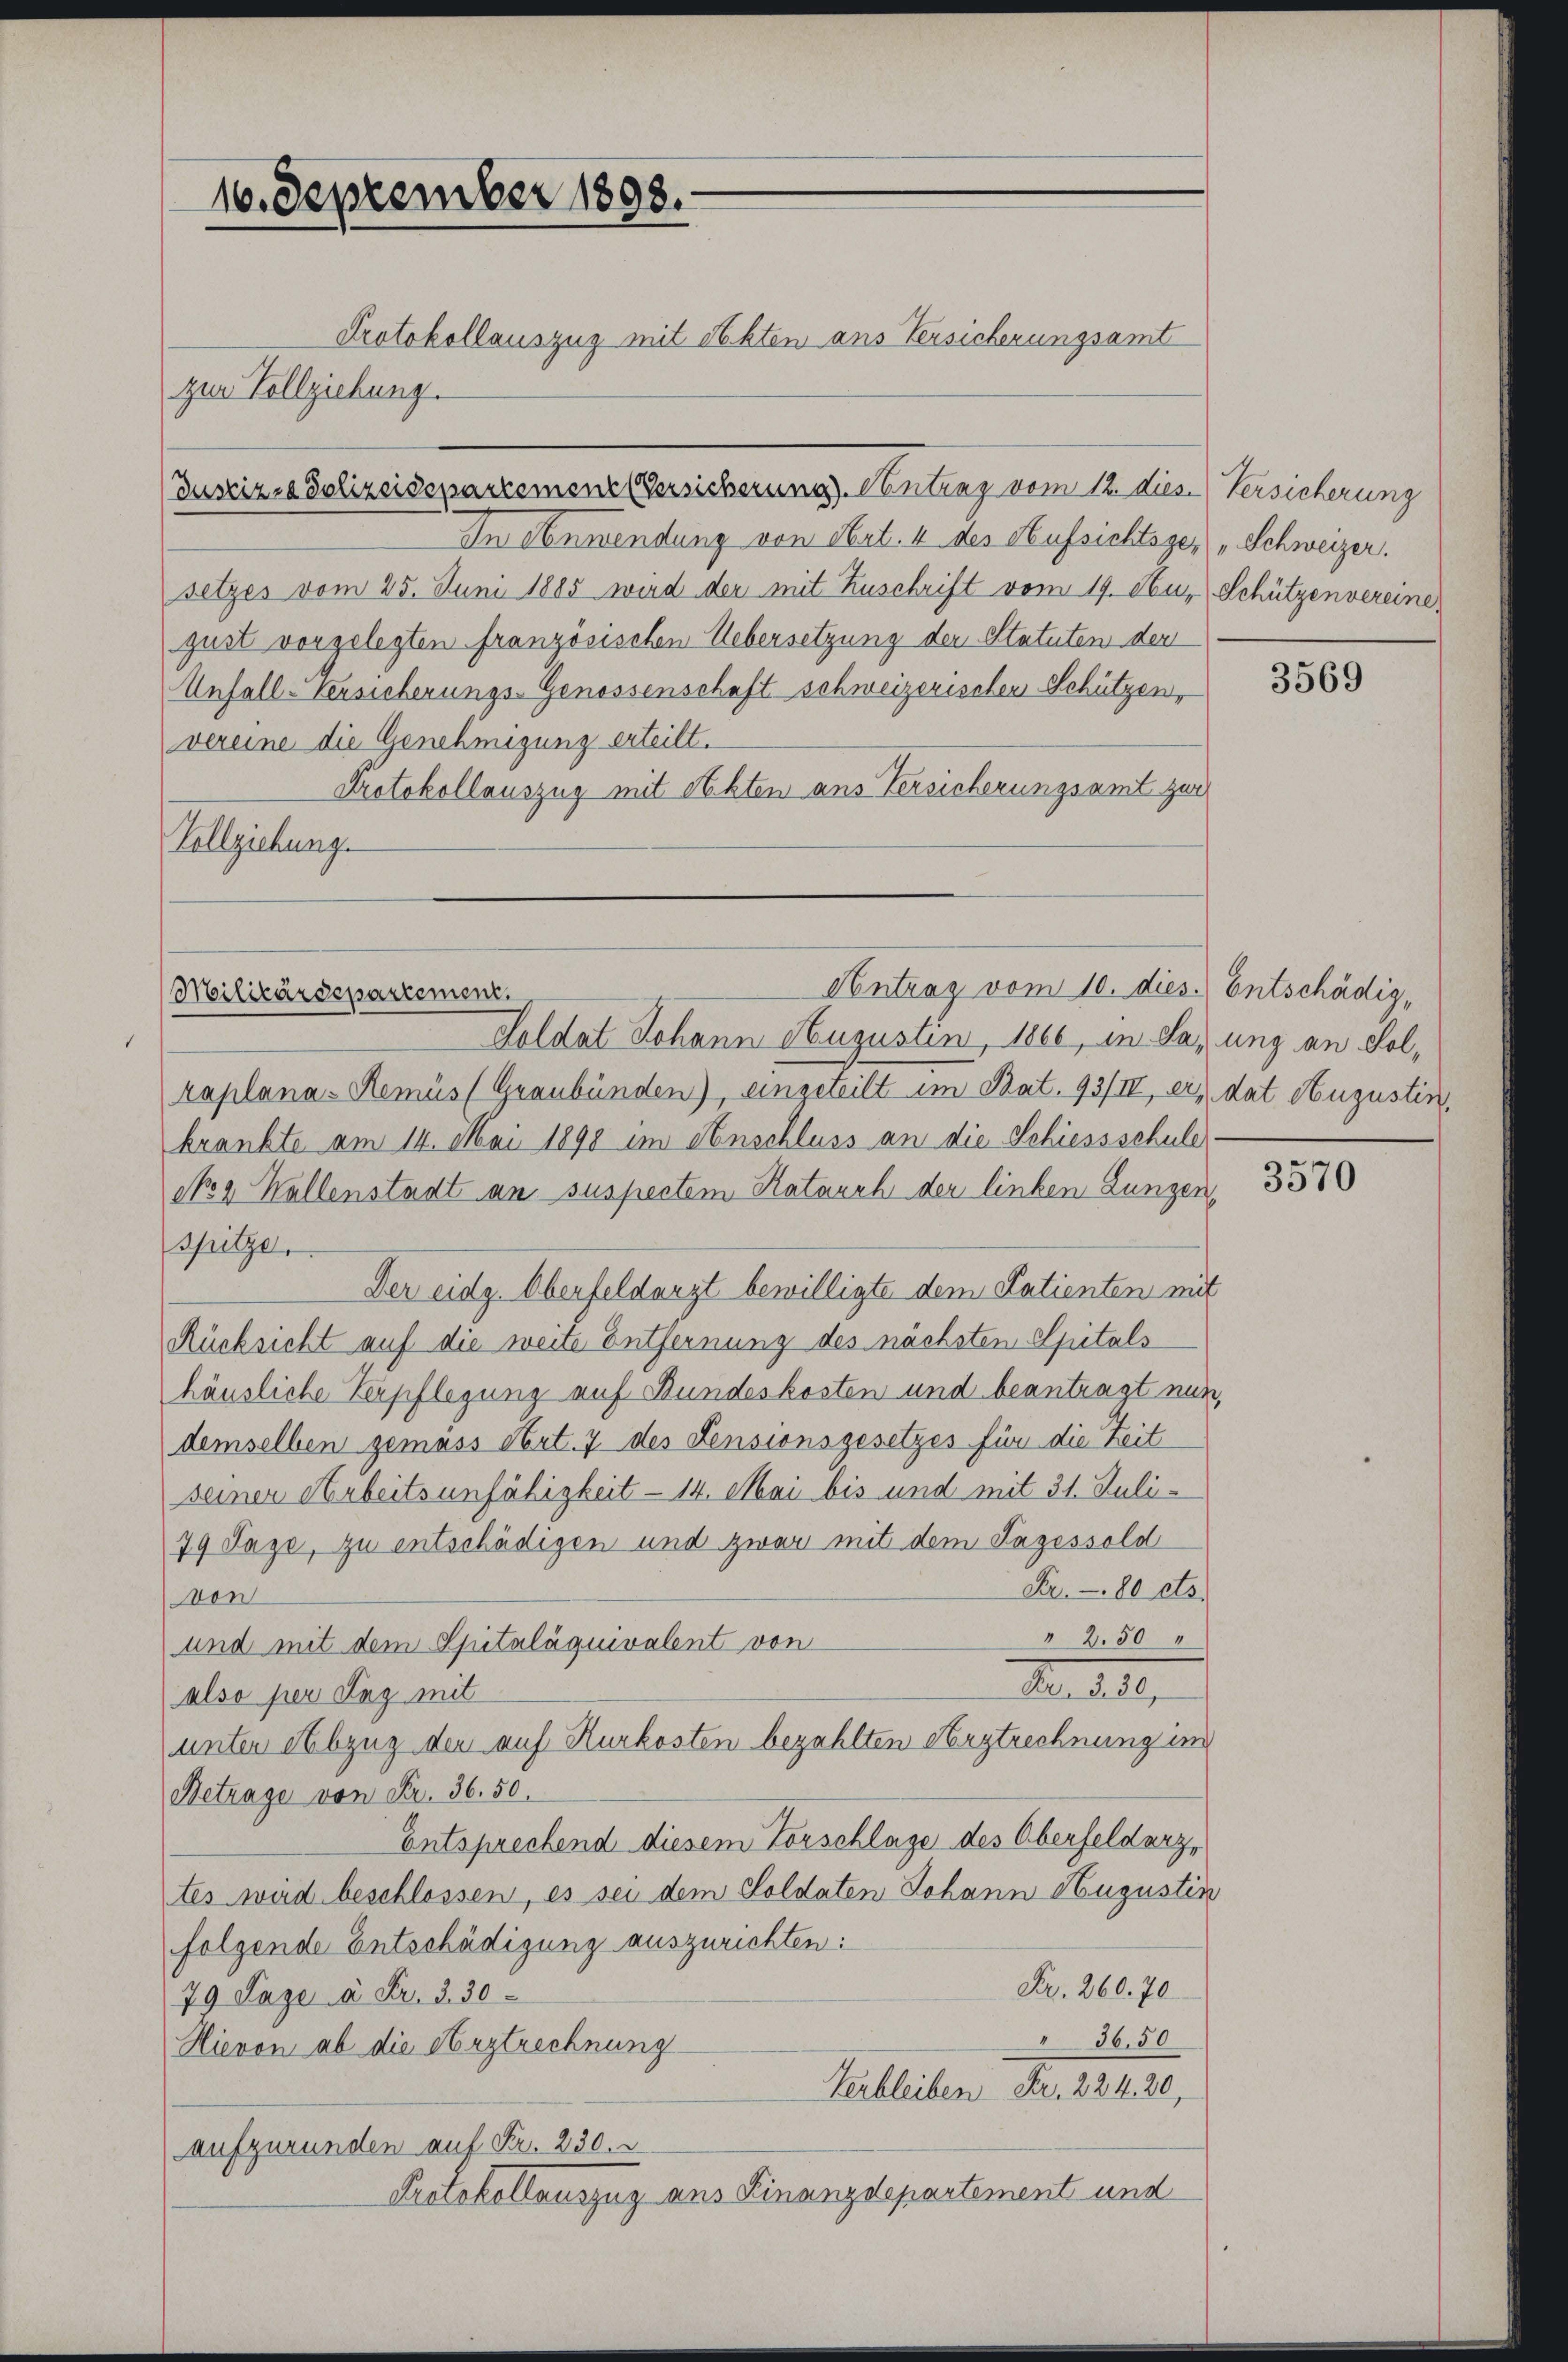
10. September 1893.

Justiz- & Polizeidepartemenz Versicherung. Antrag vom 12. dies. Versicherung
In Anwendung von Art. 4 des Aufsichtsger) Schweizer.
setzes vom 25. Juni 1885 wird der mit Zuschrift vom 19. Nur Schützenvereine
gust vorgelegten französischen Uebersetzung der Statuten der
Unfall-Versicherungs-Genossenschaft schweizerischen Schützen,
vereine die Genehmigung erteilt.
Protokollauszug mit Akten aus Versicherungsamt zur
Vollziehung.

Protokollauszug mit Akten aus Versicherungsamt
zur Vollziehung.

Antrag vom 10. dies. Entschädig¬
Militärdepartement.

Soldat Johann Hugustin, 1866, in Lazung an Solraplana-Remüs (Graubünden), eingeteilt im Rat. 93/IV, er dat Augustin,
krankte am 14. Mai 1890 im Anschluss an die Schiessschuld
No. 2. Wallenstadt an suspectem Ratauch der linken Lungen,
spitze.
Der eidg. Oberfeldarzt bewilligte dem Latienten mit
Rücksicht auf die weite Entfernung des nächsten Spitals
häusliche Verpflegung auf Bundeskosten und beantragt nun,
demselben gemäss obert. 7 des Pensionsgesetzes für die Zeit
seiner Arbeitsunfähigkeit - 14. Mai bis und mit 31. Juli¬
79 Tage, zu entschädigen und zwar mit dem Tagessold
Fr. 80 cts.
von
" 250
und mit dem Spitaläquivalent von
Nr. 20.
also per Sag mit
unter Abzug den auf Hurkosten bezahlten Herstrechnung in
Betrage von Fr. 36. 50.
Entsprechend diesem Vorschlage des Oberfeldarz,
tes wird beschlossen, es sei dem Soldaten Johann Augustin
folgende Entschädigung auszurichten:
Fr. 260. 70
79 Paze à Fr. 3. 30
36,50
Hievon ab die Arztrechnung
Verbleiben Fr. 224. 20,
aufzuründen auf Fr. 230.
Protokollauszug aus Finanzdepartement und

3569

3570